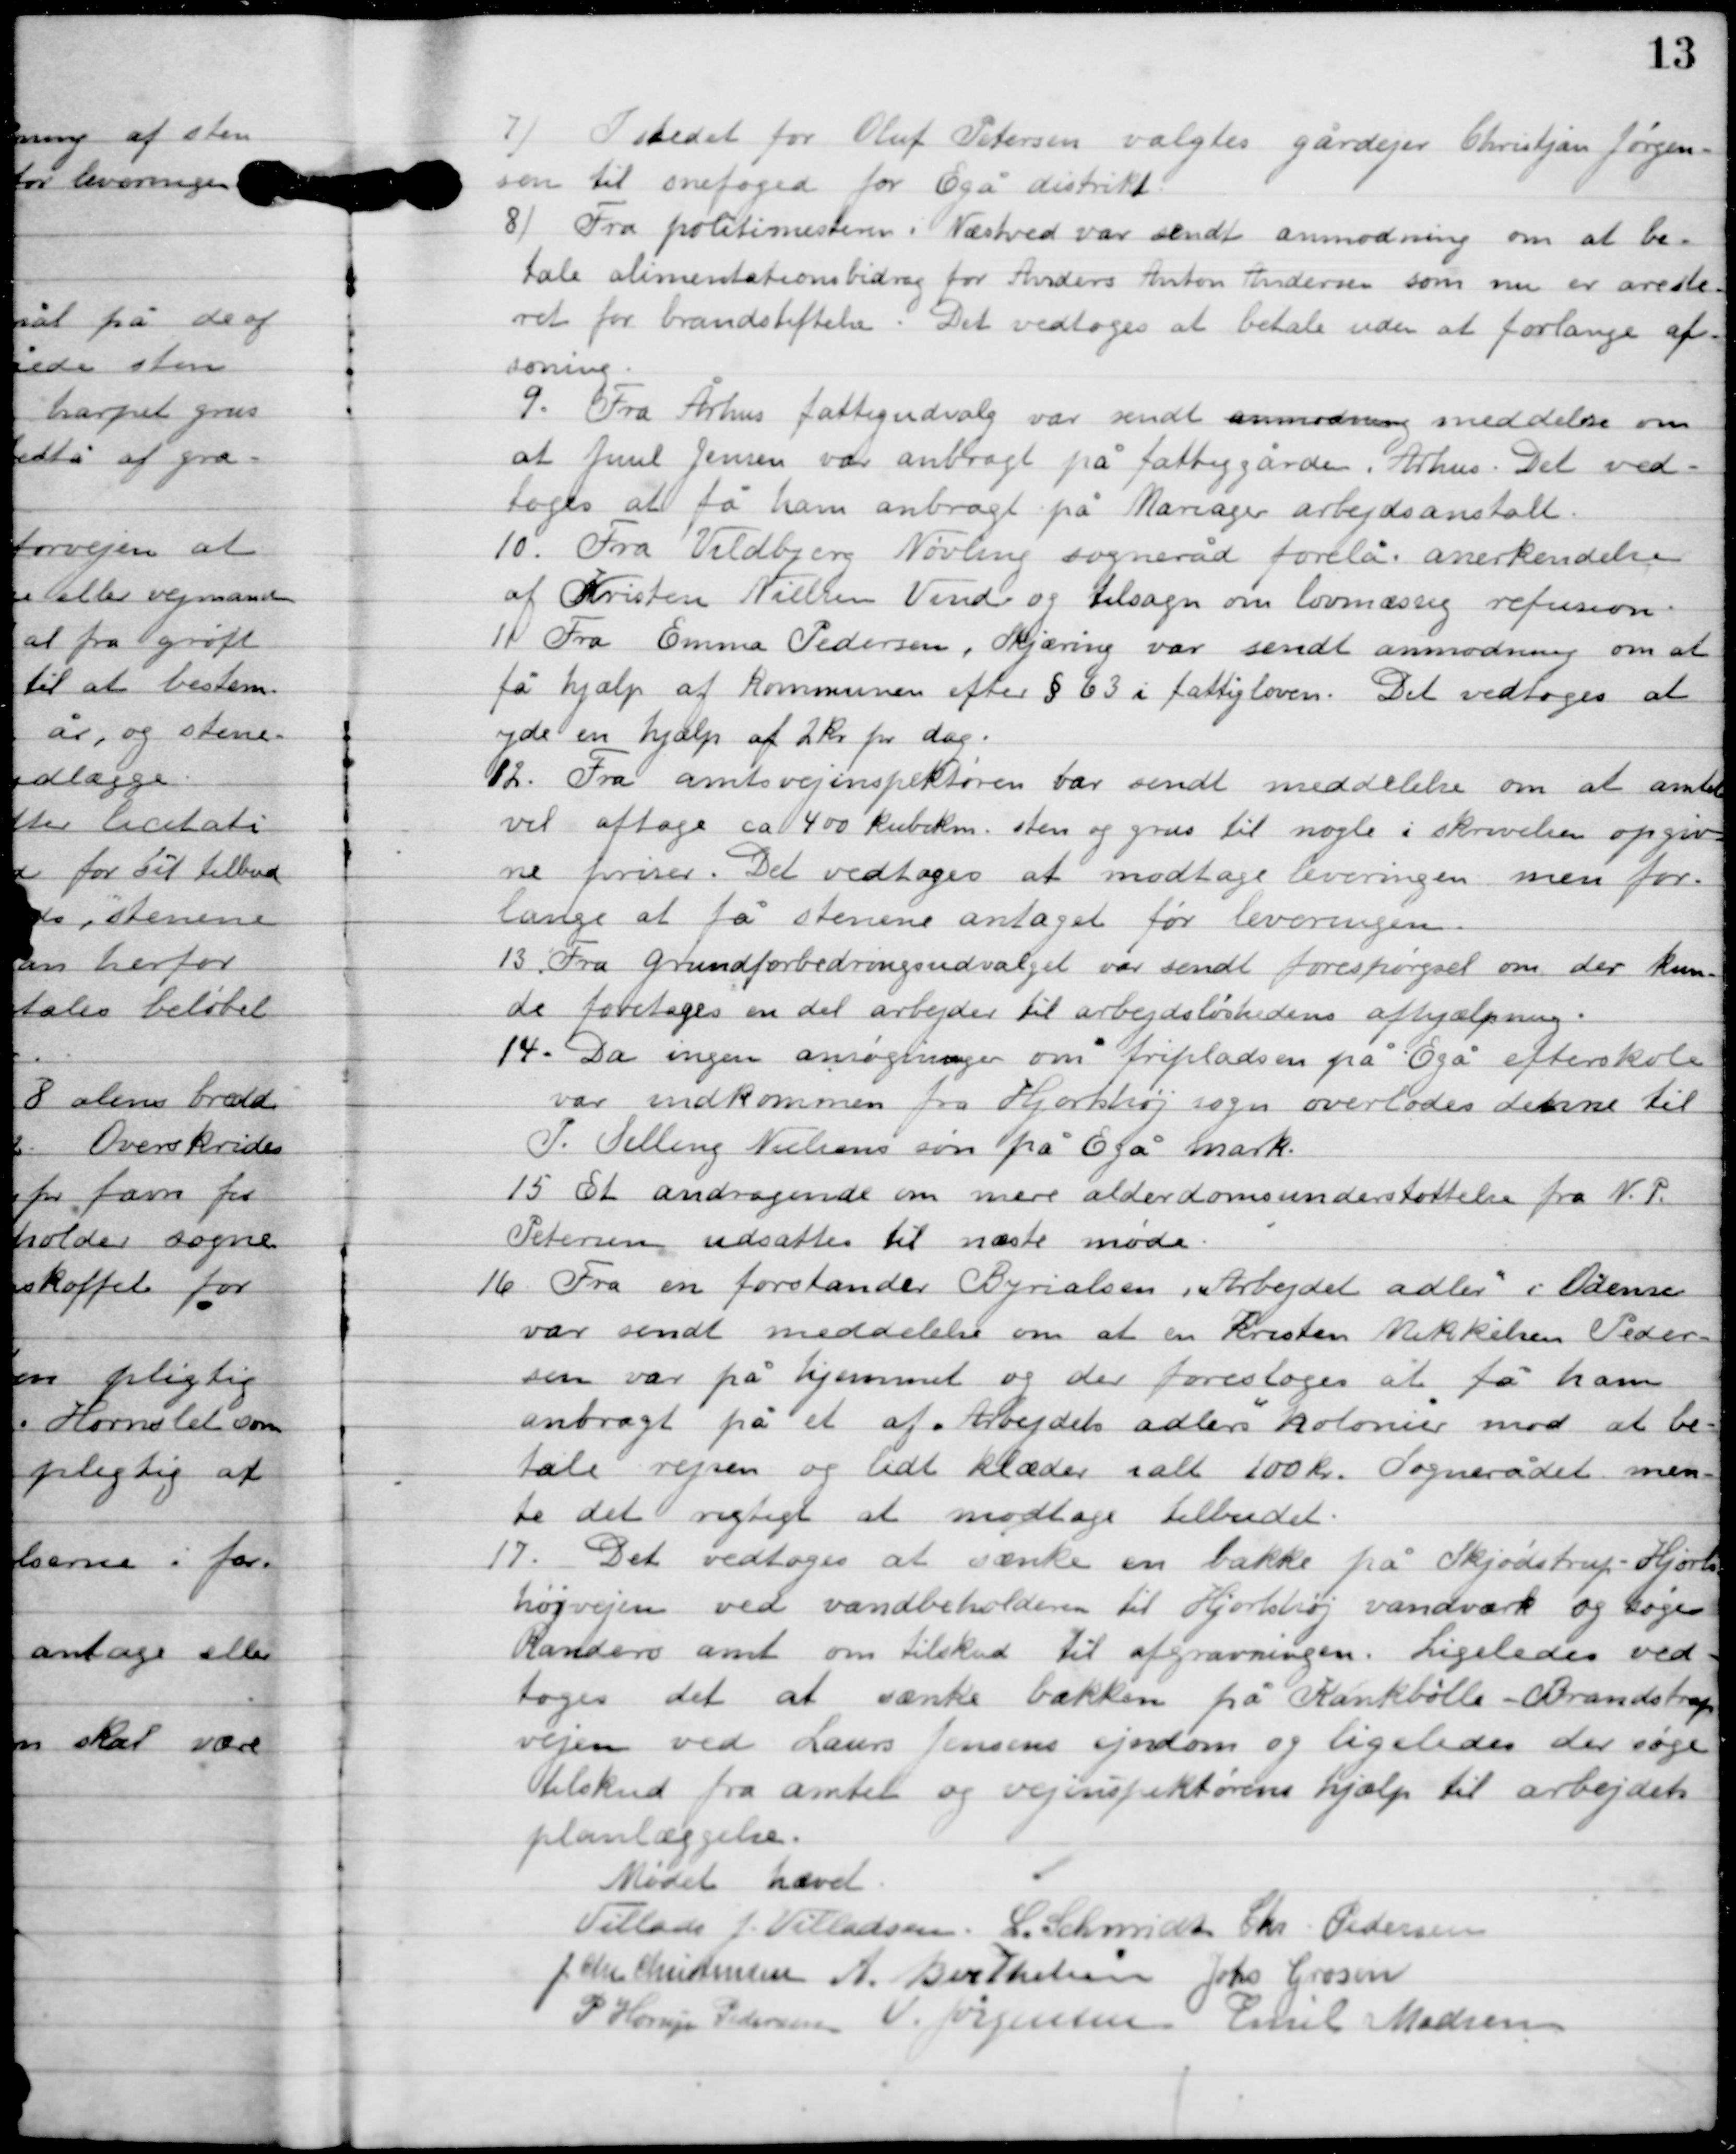
Transskription:
7

I stedet for Oluf Vintersen valgtes gårdejer Christian Jørgen-
sen til snefoed for Egå distrikt.

8

Fra politimesteren i Næstved var sendt anmodning om at be-
tale alimentationsbidrag for Anders Anton Andersen som nu er arreste-
ret for brandstiftelse. Det vedtoges at betale uden at forlange af-
soning.

9

Fra Århus fattigudvalg var sendt anmodning meddelelse om
at Juul Jensen var anbragt på fattiggården i Århus. Det ved-
toges at få ham anbragt på Mariager arbejdsanstalt.

10

Fra Vildbjerg Nøvling sogneråd forelå anerkendelse
af Kristen Nielsen Vend og tilsagn om lovmæssig refusion.

11

Fra Emma Pedersen, Skjæring var sendt anmodning om at
få hjælp af Kommunen efter § 63 i fattigloven. Det vedtoges at
yde en hjælp af 2 kr. pr. dag.

12

Fra amtsvejinspektøren var sendt meddelelse om at ambe
vel aftage ca. 400 kubik Km sten og grus til nogle i skrivelsen opgiv-
ne forviser. Det vedtoges at modtage leveringen men for-
lange at få stenene antaget før leveringen.

13

Grundforbedringsudvalget var sen det forespørgsel om der kun-
de fortages en del arbejde til arbejdsløshedens afhjælpning.

14

Da ingen ansøgning om fripladsen på Egå efterskole
 var indkommen fra Hjortshøj sogn overlodes denne til 
P. Selling Nielsens søn på Egå mark.

15

Et andragende om mere alderdomsunderstøttelse fra N.P.
Petersen udsættes til næste møde.

16

Fra en forstander Byrialsen ”Arbejdet adler” i Odense
var sendt meddelelse om at en Kristen Mikkelsen Peder-
sen var på hjemmet og der foresloges at få ham
anbragt på et af ”Arbejdets adler” kolonier mod at be-
tale rejsen og lidt klæder i alt 100 kr. Sognerådet men-
te det vigtigt at modtage tilbuddet.

17

Det vedtoges at sænke en bakke på Skjødstrup-Hjorts-
højvejen ved vandbeholdesen til Hjortshøj vandværk og søge
Randers amt om tilskud til afgravningen. Ligeledes ved-
toges det at sænke bakken på Kankbølle-Brandstrup
vejen ved Laurs Jensens ejendom og ligeledes der søge
tilskud fra amtet og vejinspektørens hjælp til arbejdets
planlæggelse.

Mødet hævet

Villads J. Villadsen
L. Schmidt
Chr. Pedersen
I. Chr. Christensen
A. Berthelsen
Johs. Grosen
P. Henry Pedersen
V. Jørgensen
Emil Madsen